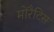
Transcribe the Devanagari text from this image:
मोरैटिस